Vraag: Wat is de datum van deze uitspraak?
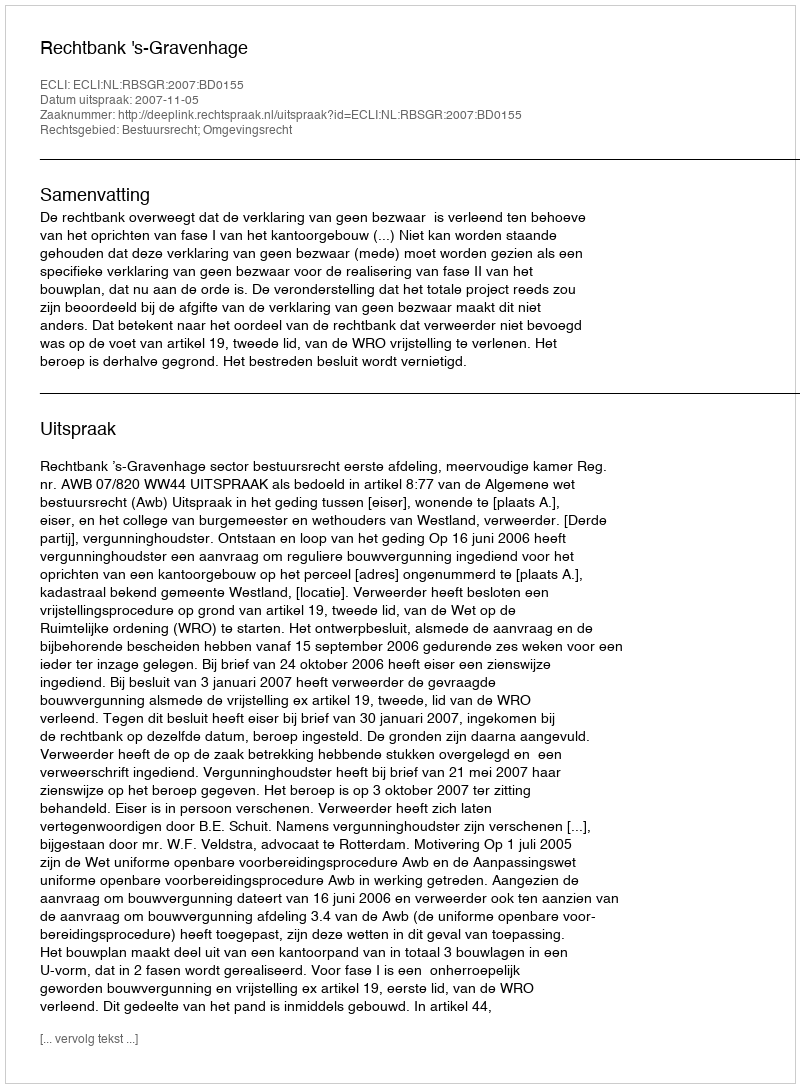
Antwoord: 2007-11-05